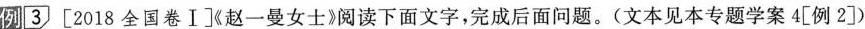
例[3 [2018全国卷Ⅰ]《赵一曼女士》阅读下面文字，完成后面问题。(文本见本专题学案4[例2])